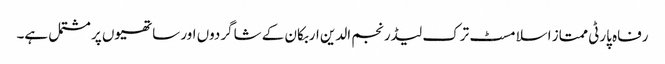
رفاہ پارٹی ممتاز اسلامسٹ ترک لیڈر نجم الدین اربکان کے شاگردوں اور ساتھیوں پر مشتمل ہے۔